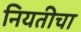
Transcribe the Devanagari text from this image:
नियतीचा